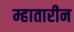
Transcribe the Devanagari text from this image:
म्हातारीन